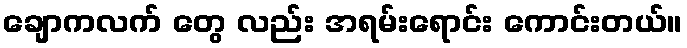
ချောကလက် တွေ လည်း အရမ်းရောင်း ကောင်းတယ်။